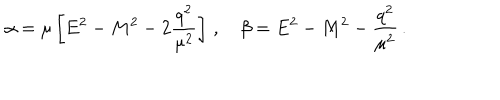
\alpha = \mu \left[ E ^ { 2 } - M ^ { 2 } - 2 \frac { q ^ { 2 } } { \mu ^ { 2 } } \right] \, , \quad \beta = E ^ { 2 } - M ^ { 2 } - \frac { q ^ { 2 } } { \mu ^ { 2 } } \, .